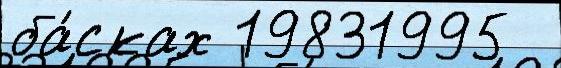
ба́сках 19831995